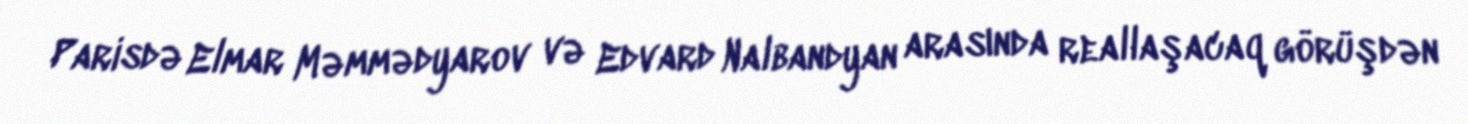
Parisdə Elmar Məmmədyarov və Edvard Nalbandyan arasında reallaşacaq görüşdən